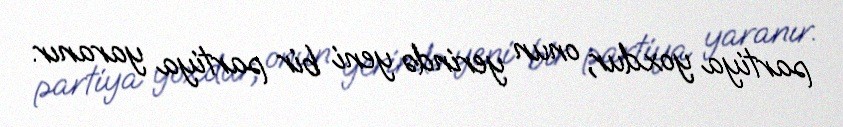
partiya yoxdur, onun yerində yeni bir partiya yaranır.